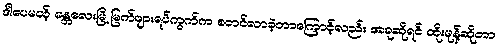
ဒါပေမယ့် မန္တလေးမြိ့ မြက်ဖျားရပ်ကွက်က စတင်လာခဲ့တာကြောင့်လည်း အခုဆိုရင် ထိုးမုန့်ဆိုတာ